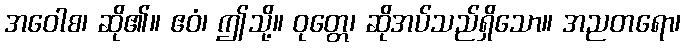
အဝေါစ၊ ဆို၏။ ဧဝံ၊ ဤသို့။ ဝုတ္တေ၊ ဆိုအပ်သည်ရှိသော။ အညတရော၊